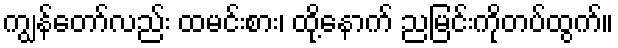
ကျွန်တော်လည်း ထမင်းစား၊ ထို့နောက် ညမြင်းကိုတပ်ထွက်။